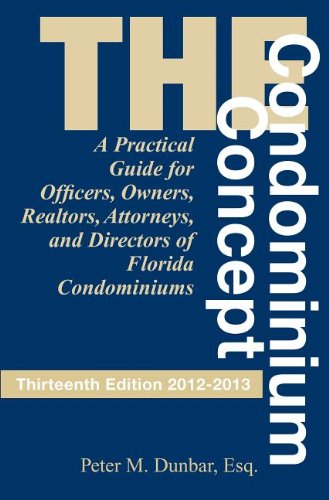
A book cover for The Condominium Concept (Condominium Concept: A Practical Guide for Officers, Owners, &); Peter Dunbar; Law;